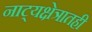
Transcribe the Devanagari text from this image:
नाट्यक्षेत्रातही